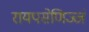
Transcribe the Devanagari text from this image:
रायपसेणिज्जं